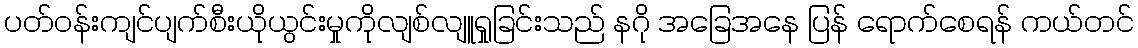
ပတ်ဝန်းကျင်ပျက်စီးယိုယွင်းမှုကိုလျစ်လျူရှုခြင်းသည် နဂို အခြေအနေ ပြန် ရောက်စေရန် ကယ်တင်